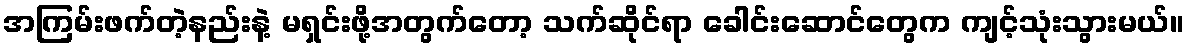
အကြမ်းဖက်တဲ့နည်းနဲ့ မရှင်းဖို့အတွက်တော့ သက်ဆိုင်ရာ ခေါင်းဆောင်တွေက ကျင့်သုံးသွားမယ်။